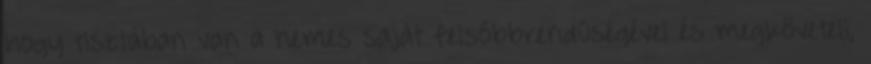
hogy tisztában van a nemes saját felsőbbrendűségével és megköveteli,